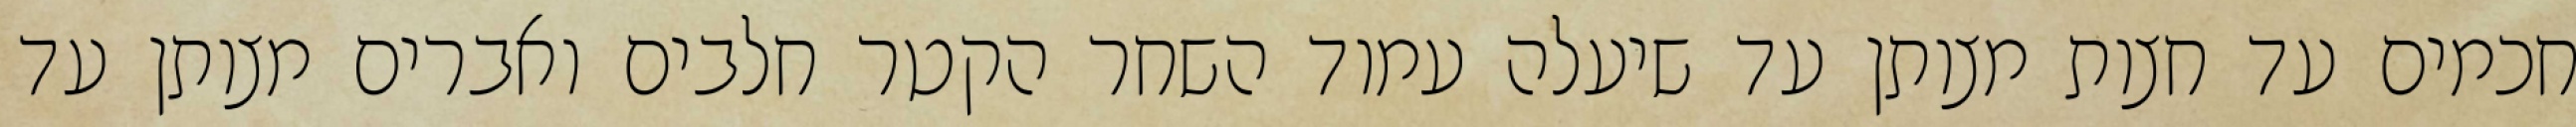
חכמים עד חצות מצותן עד שיעלה עמוד השחר הקטר חלבים ואברים מצותן עד